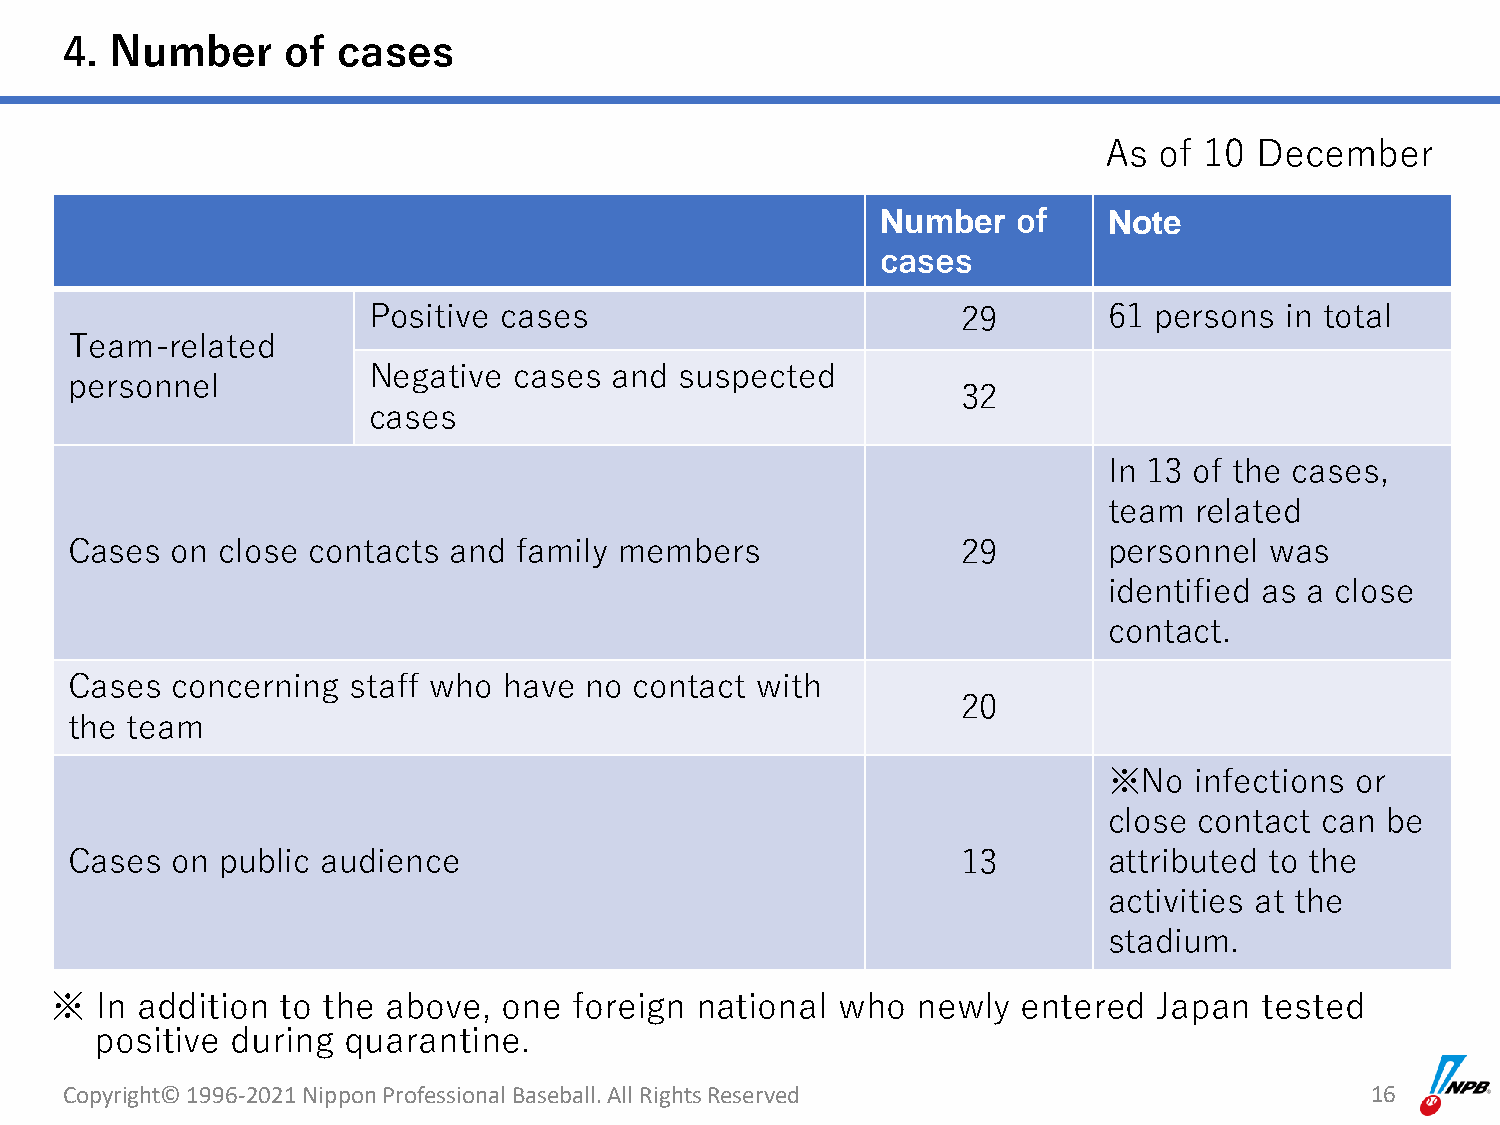
4. Number      of cases
 As  of 10 December
 Number   of    Note
 cases
 Positive cases                          29       61 persons  in total
 Team-related
 Negative  cases and  suspected
 personnel
 32
 cases
 In 13 of the cases,
 team  related
 Cases on close contacts  and family members                29       personnel  was
 identified as a close
 contact.
 Cases concerning  staff who have  no contact with
 20
 the team
 ※No   infections or
 close contact can  be
 Cases on public audience                                   13       attributed to the
 activities at the
 stadium.
 ※  In addition  to the above, one  foreign national who   newly  entered  Japan  tested
 positive during  quarantine.
 Copyright© 1996-2021 Nippon Professional Baseball. All Rights Reserved                 16